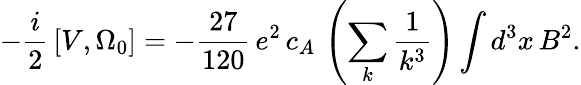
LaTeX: -{\frac{i}{2}}\left[V,\Omega_{0}\right]=-{\frac{27}{120}}\, e^{2}\, c_{A}\, \left(\sum_{k}{\frac{1}{k^{3}}}\right)\int d^{3}x\, B^{2}.